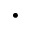
\cdot